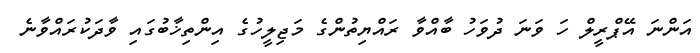
އަންނަ އޭޕްރީލް ހަ ވަނަ ދުވަހު ބާއްވާ ރައްޔިތުންގެ މަޖިލީހުގެ އިންތިޚާބުގައި ވާދަކުރައްވާނެ